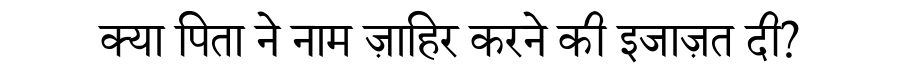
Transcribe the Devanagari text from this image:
क्या पिता ने नाम ज़ाहिर करने की इजाज़त दी?